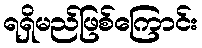
ရရှိမည်ဖြစ်ကြောင်း